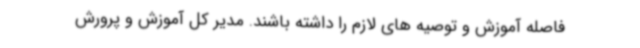
فاصله آموزش و توصیه های لازم را داشته باشند. مدیر کل آموزش و پرورش